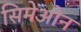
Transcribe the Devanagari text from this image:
सिमेओन